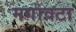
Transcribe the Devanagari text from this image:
मगावटा